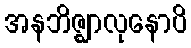
အနဘိဇ္ဈာလုနောပိ